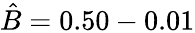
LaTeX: \hat{B}=0.50-0.01